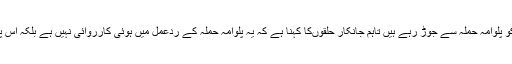
گوکہ کچھ لوگ جماعت پر پابندی کو پلوامہ حملہ سے جوڑ رہے ہیں تاہم جانکار حلقوںکا کہنا ہے کہ یہ پلوامہ حملہ کے ردعمل میں ہوئی کارروائی نہیں ہے بلکہ اس پر کافی عرصہ سے غور ہورہا تھا۔